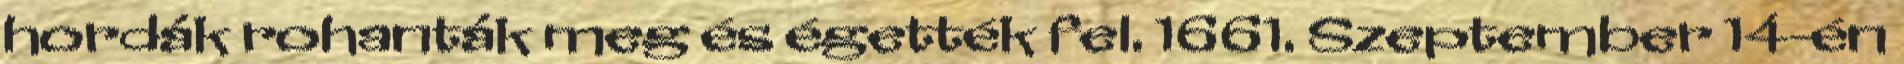
hordák rohanták meg és égették fel. 1661. Szeptember 14-én